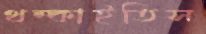
থম্‌কাইতিস